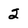
Character: 2